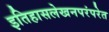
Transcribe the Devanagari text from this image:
इतिहासलेखनपरंपरेत